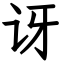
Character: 讶